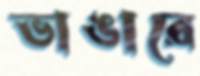
ভাঙারে